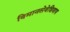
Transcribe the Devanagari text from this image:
विमानसेवेशिवाय